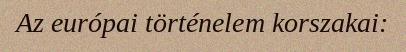
Az európai történelem korszakai: